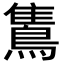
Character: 𪂣